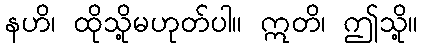
နဟိ၊ ထိုသို့မဟုတ်ပါ။ ဣတိ၊ ဤသို့။